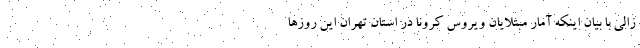
زالی با بیان اینکه آمار مبتلایان ویروس کرونا در استان تهران این روزها